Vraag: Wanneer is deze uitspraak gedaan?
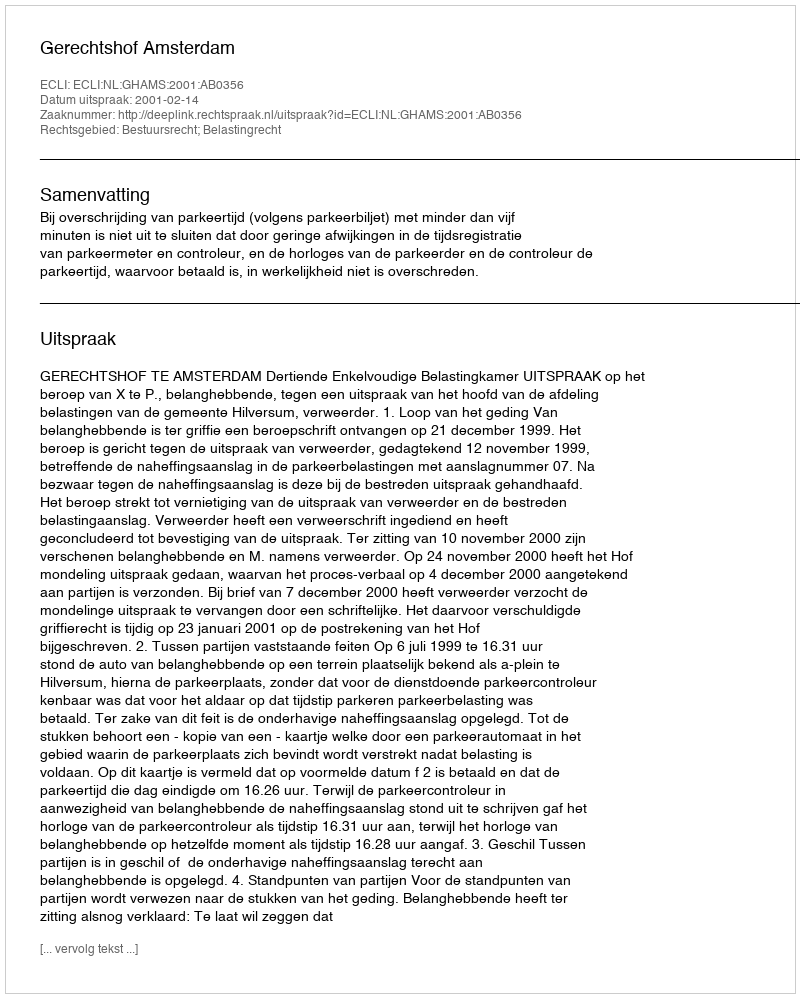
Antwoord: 2001-02-14